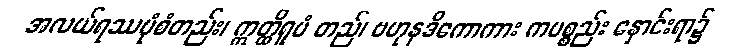
အလယ်ရဿပုံစံတည်း၊ ဣတ္ထိရူပံ တည်၊ ဗဟုနဒိကောကား ကပစ္စည်း နှောင်းရာ၌